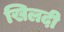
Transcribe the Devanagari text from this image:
खिलदी